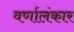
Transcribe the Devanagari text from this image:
वर्णालंकार